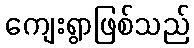
ကျေးရွာဖြစ်သည်